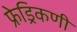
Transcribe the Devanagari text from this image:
फ्रेड्रिकणी